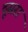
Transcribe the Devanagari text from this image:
दूसरां